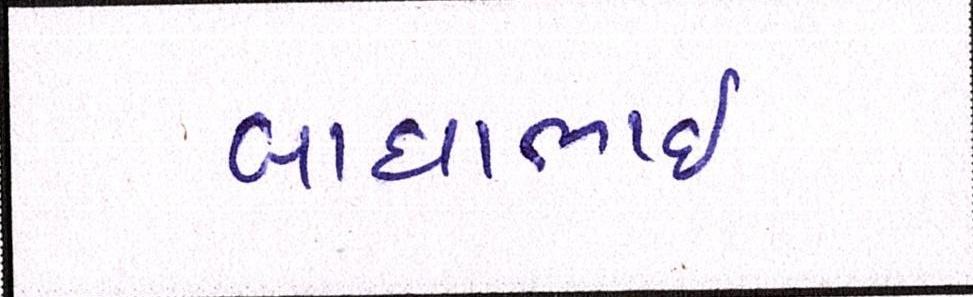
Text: બાઘાભાઇ